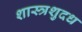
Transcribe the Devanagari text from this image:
शास्त्रशुदध